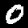
Label: 0